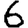
Digit: 6